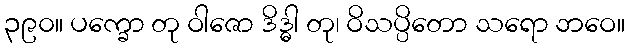
၃၉၀။ ပက္ခော တု ဝါဇော ဒိဒ္ဓါ တု၊ ဝိသပ္ပိတော သရော ဘဝေ။